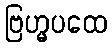
ဗြဟ္မပထေ